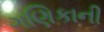
ગણિકાની